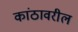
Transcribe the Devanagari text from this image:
कांठावरील